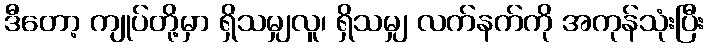
ဒီတော့ ကျုပ်တို့မှာ ရှိသမျှလူ၊ ရှိသမျှ လက်နက်ကို အကုန်သုံးပြီး